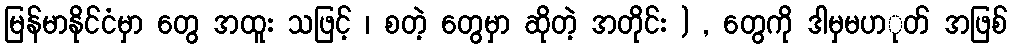
မြန်မာနိုင်ငံမှာ တွေ အထူး သဖြင့် ၊ စတဲ့ တွေမှာ ဆိုတဲ့ အတိုင်း ) , တွေကို ဒါမှမပာုတ် အဖြစ်